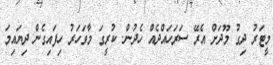
މީޓަރު ދިގު މޫދަށް އެރޭ ސަރަހައްދެއް ހެދުން. ކުރީގަ މާވަހަރު ހިފައިގެން ދިޔައިމަ